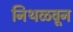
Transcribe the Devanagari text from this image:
निथळवून